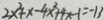
2 x ^ { 2 } + x - 4 x ^ { 2 } + 4 x - 1 = - 1 3